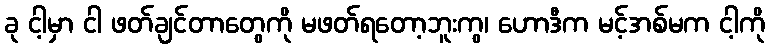
ခု ငါ့မှာ ငါ ဖတ်ချင်တာတွေကို မဖတ်ရတော့ဘူးကွ၊ ဟောဒီက မင့်အစ်မက ငါ့ကို